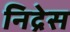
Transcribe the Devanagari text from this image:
निद्रेस